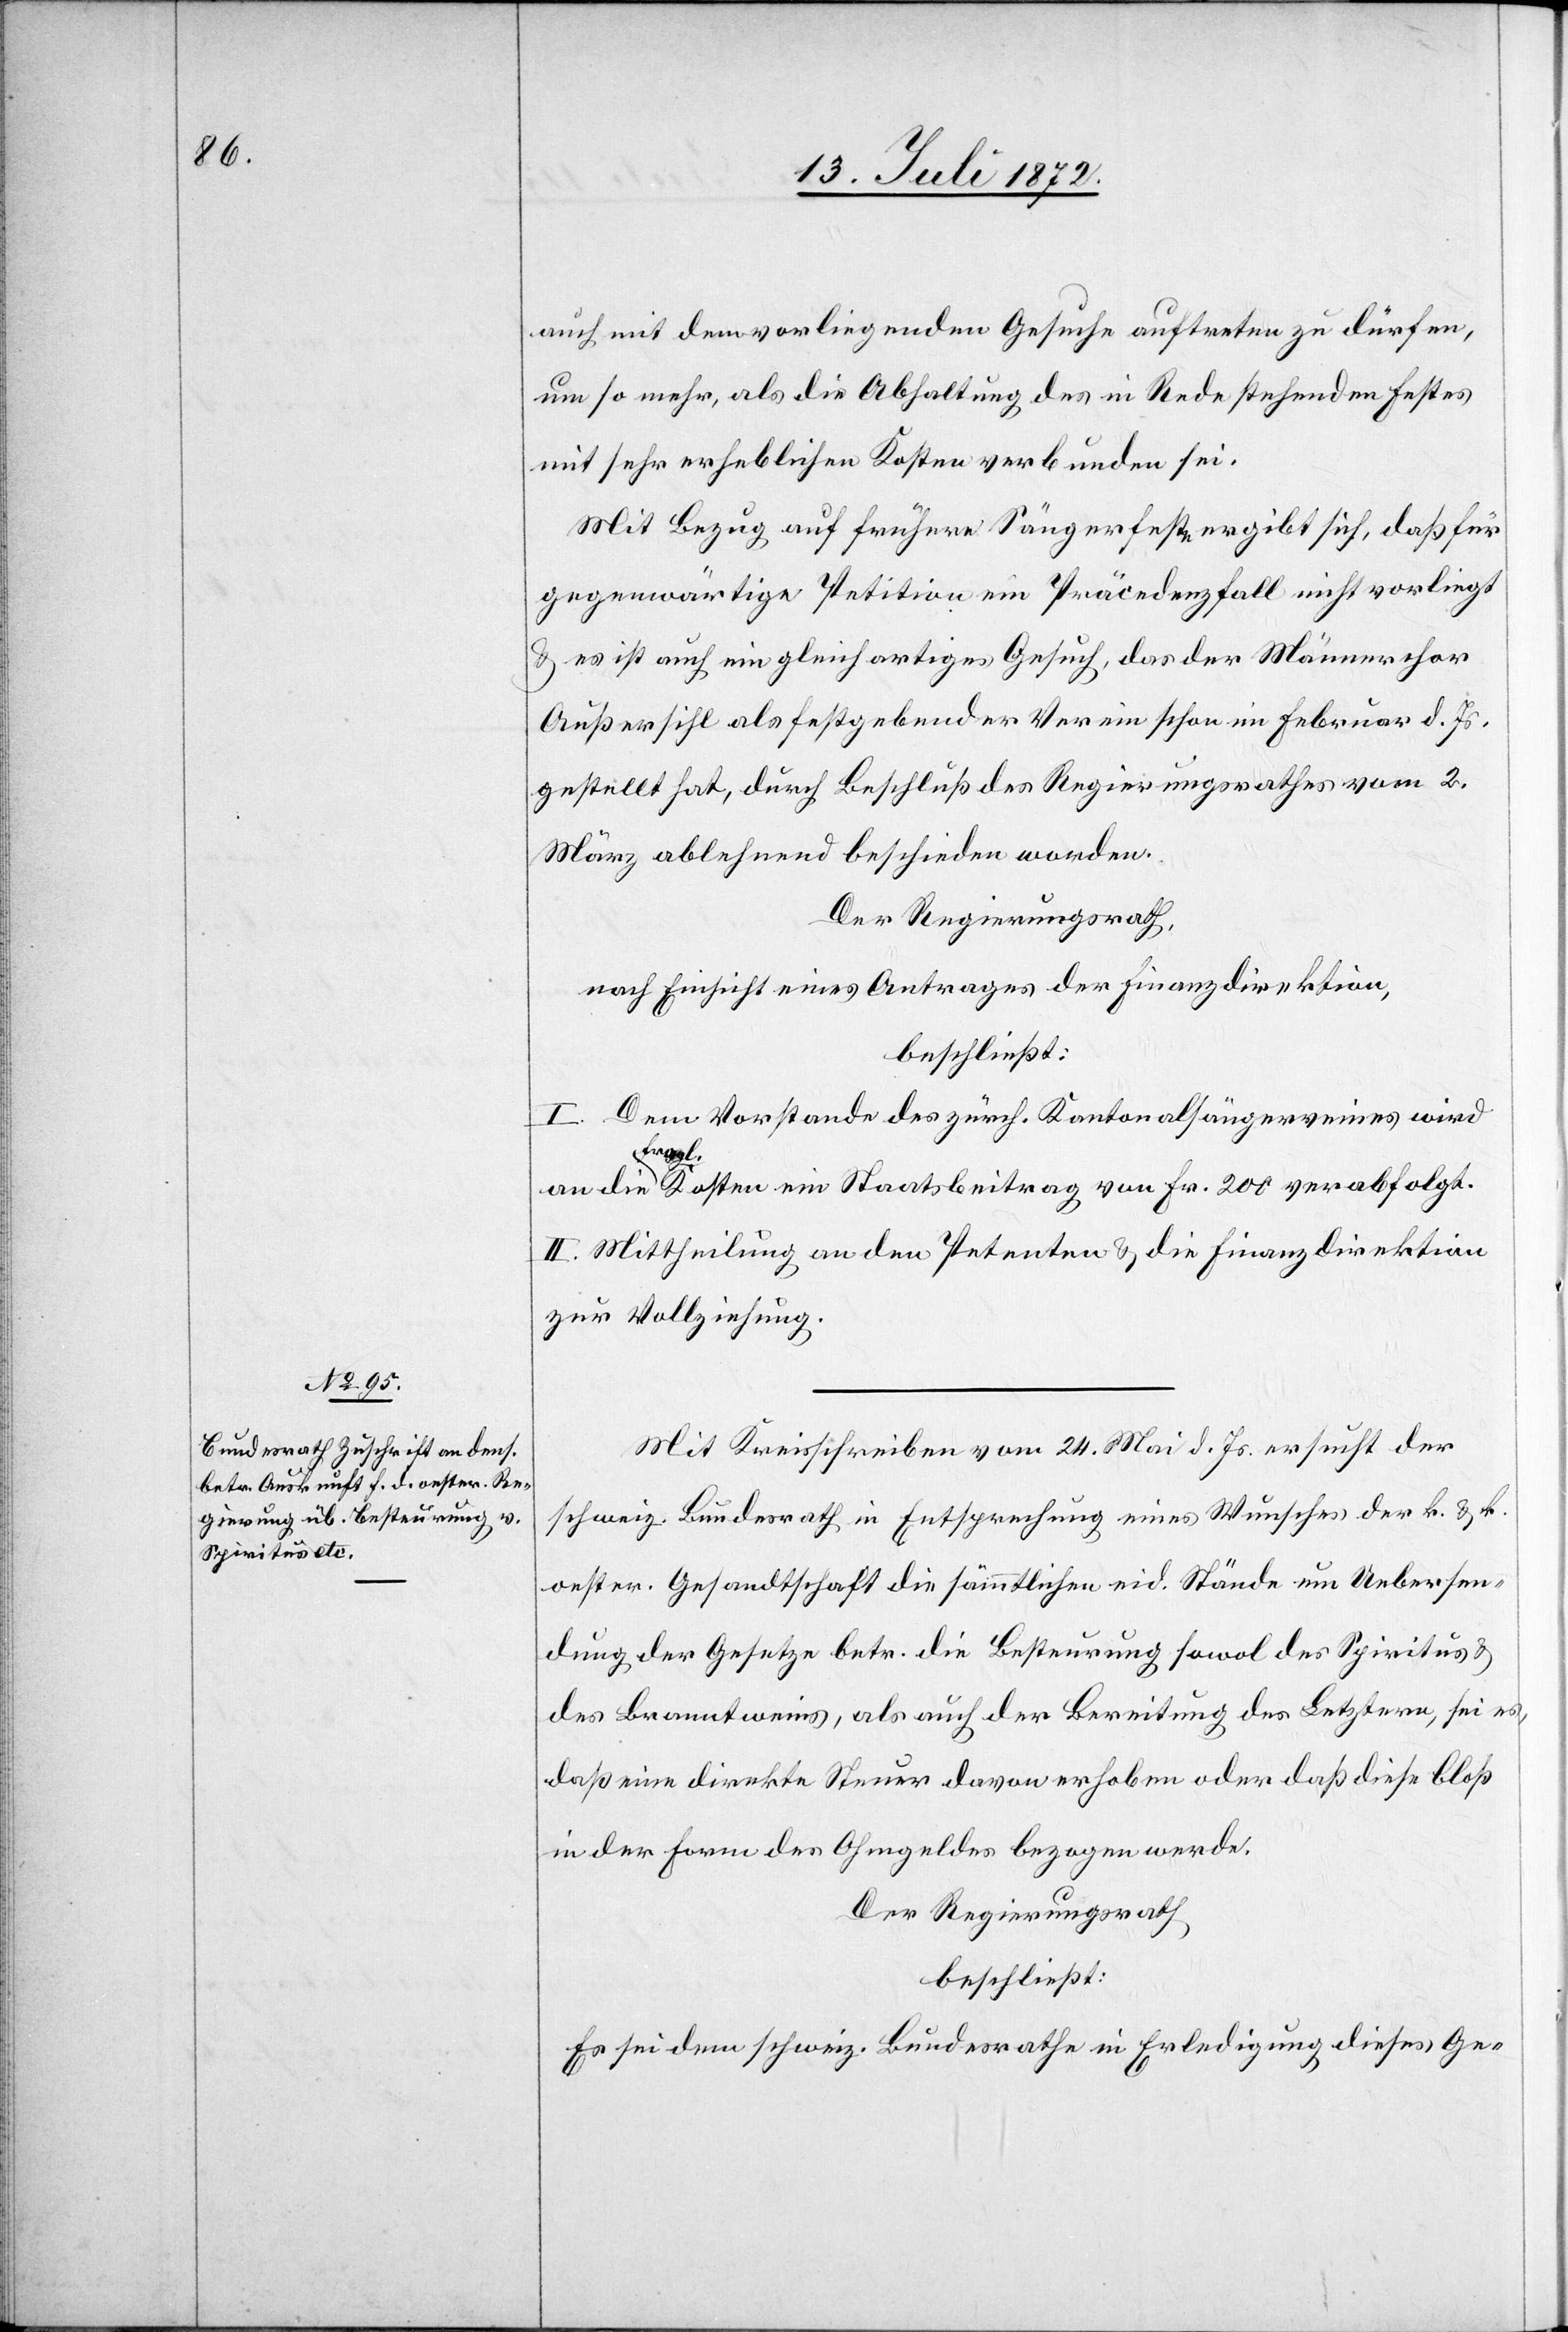
auch mit dem vorliegenden Gesuche auftreten zu dürfen,
um so mehr, als die Abhaltung des in Rede stehenden Festes
mit sehr erheblichen Kosten verbunden sei.
Mit Bezug auf frühere Sängerfeste ergibt sich, daß für
gegenwärtige Petition ein Präcedenzfall nicht vorliegt
u. es ist auch ein gleichartiges Gesuch, das der Männerchor
Außersihl als festgebender Verein schon im Februar d. Js.
gestellt hat, durch Beschluß des Regierungsrathes vom 2.
März ablehnend beschieden worden.
Der Regierungsrath,
nach Einsicht eines Antrages der Finanzdirektion,
beschließt:
I. Dem Vorstande des zürch. Kantonalsängerve[re]ines wird
fragl.
II. Mittheilung an den Petenten u. die Finanzdirektion
zur Vollziehung.
Mit Kreisschreiben vom 24. Mai d. Js. ersucht der
schweiz. Bundesrath in Entsprechung eines Wunsches der k. u. k.
oester. Gesandtschaft die sämmtlichen eid. Stände um Uebersen¬
dung der Gesetze betr. die Besteurung sowol des Spiritus u.
des Branntweins, als auch der Bereitung des Letztern, sei es,
daß eine direkte Steuer davon erhoben oder daß diese bloß
in der Form des Ohmgeldes bezogen werde.
Der Regierungsrath
beschließt:
Es sei dem schweiz. Bundesrathe in Erledigung dieses Ge-